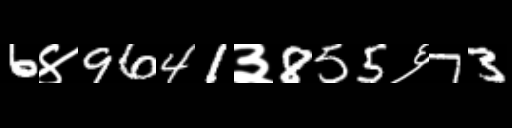
Text: 6४9641३855६73